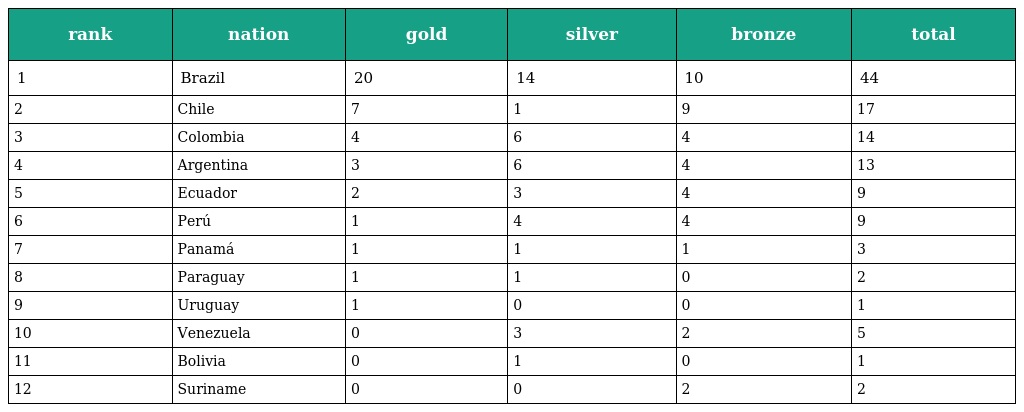
| rank | nation | gold | silver | bronze | total |
 | --- | --- | --- | --- | --- | --- |
 | 1 | Brazil | 20 | 14 | 10 | 44 |
 | 2 | Chile | 7 | 1 | 9 | 17 |
 | 3 | Colombia | 4 | 6 | 4 | 14 |
 | 4 | Argentina | 3 | 6 | 4 | 13 |
 | 5 | Ecuador | 2 | 3 | 4 | 9 |
 | 6 | Perú | 1 | 4 | 4 | 9 |
 | 7 | Panamá | 1 | 1 | 1 | 3 |
 | 8 | Paraguay | 1 | 1 | 0 | 2 |
 | 9 | Uruguay | 1 | 0 | 0 | 1 |
 | 10 | Venezuela | 0 | 3 | 2 | 5 |
 | 11 | Bolivia | 0 | 1 | 0 | 1 |
 | 12 | Suriname | 0 | 0 | 2 | 2 |